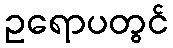
ဥရောပတွင်